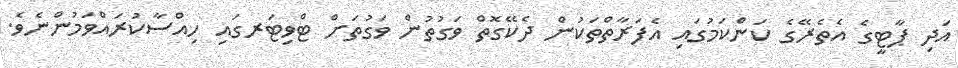
އަދި ޕާޓީގެ އެތެރޭގެ ކަންކަމުގައި އެފަރާތްތަކުން ދެކޭގޮތް ވަގުތުން ވަގުތަށް ޓްވިޓަރގައި ހިއްސާކުރައްވަމުންނެވެ.